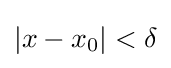
|x-x_{0}|<\delta